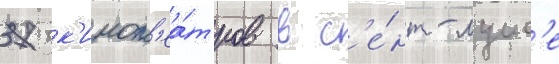
37 к'инот'еа́тров в с'е́нт-луис'е